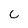
Character: C